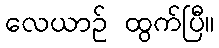
လေယာဉ် ထွက်ပြီ။